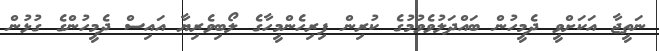
ނަތީޖާ އަކަށްވީ ދެމީހުން ބައްދަލުވެވުމުގެ ކުރިން ފިރިހެންމީހާގެ ލޯބިވެރިޔާ އައިސް ދެމީހުންގެ ގުޅުން